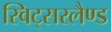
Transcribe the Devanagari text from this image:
स्विट्सरलैण्ड